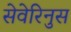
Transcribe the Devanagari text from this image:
सेवेरिनुस